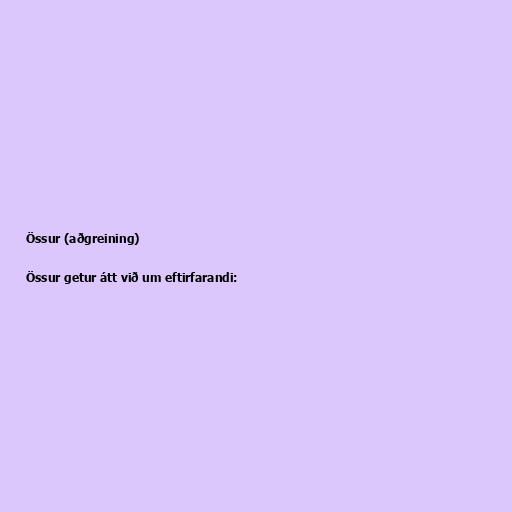
Össur (aðgreining)

Össur getur átt við um eftirfarandi: